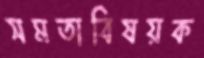
সমতাবিষয়ক